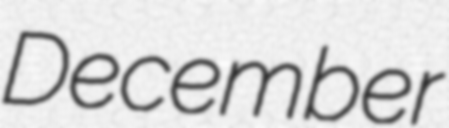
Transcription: December